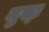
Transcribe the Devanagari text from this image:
मुख्‍ा